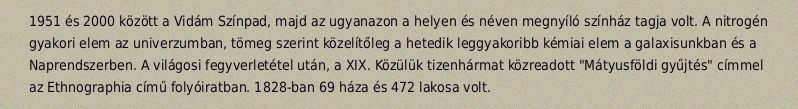
1951 és 2000 között a Vidám Színpad, majd az ugyanazon a helyen és néven megnyíló színház tagja volt. A nitrogén gyakori elem az univerzumban, tömeg szerint közelítőleg a hetedik leggyakoribb kémiai elem a galaxisunkban és a Naprendszerben. A világosi fegyverletétel után, a XIX. Közülük tizenhármat közreadott "Mátyusföldi gyűjtés" címmel az Ethnographia című folyóiratban. 1828-ban 69 háza és 472 lakosa volt.